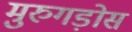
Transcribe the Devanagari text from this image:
मुरुगड़ोस